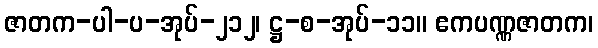
ဇာတက-ပါ-ပ-အုပ်-၂၁၂၊ ဋ္ဌ-စ-အုပ်-၁၁။ ဧကပဏ္ဏဇာတက၊